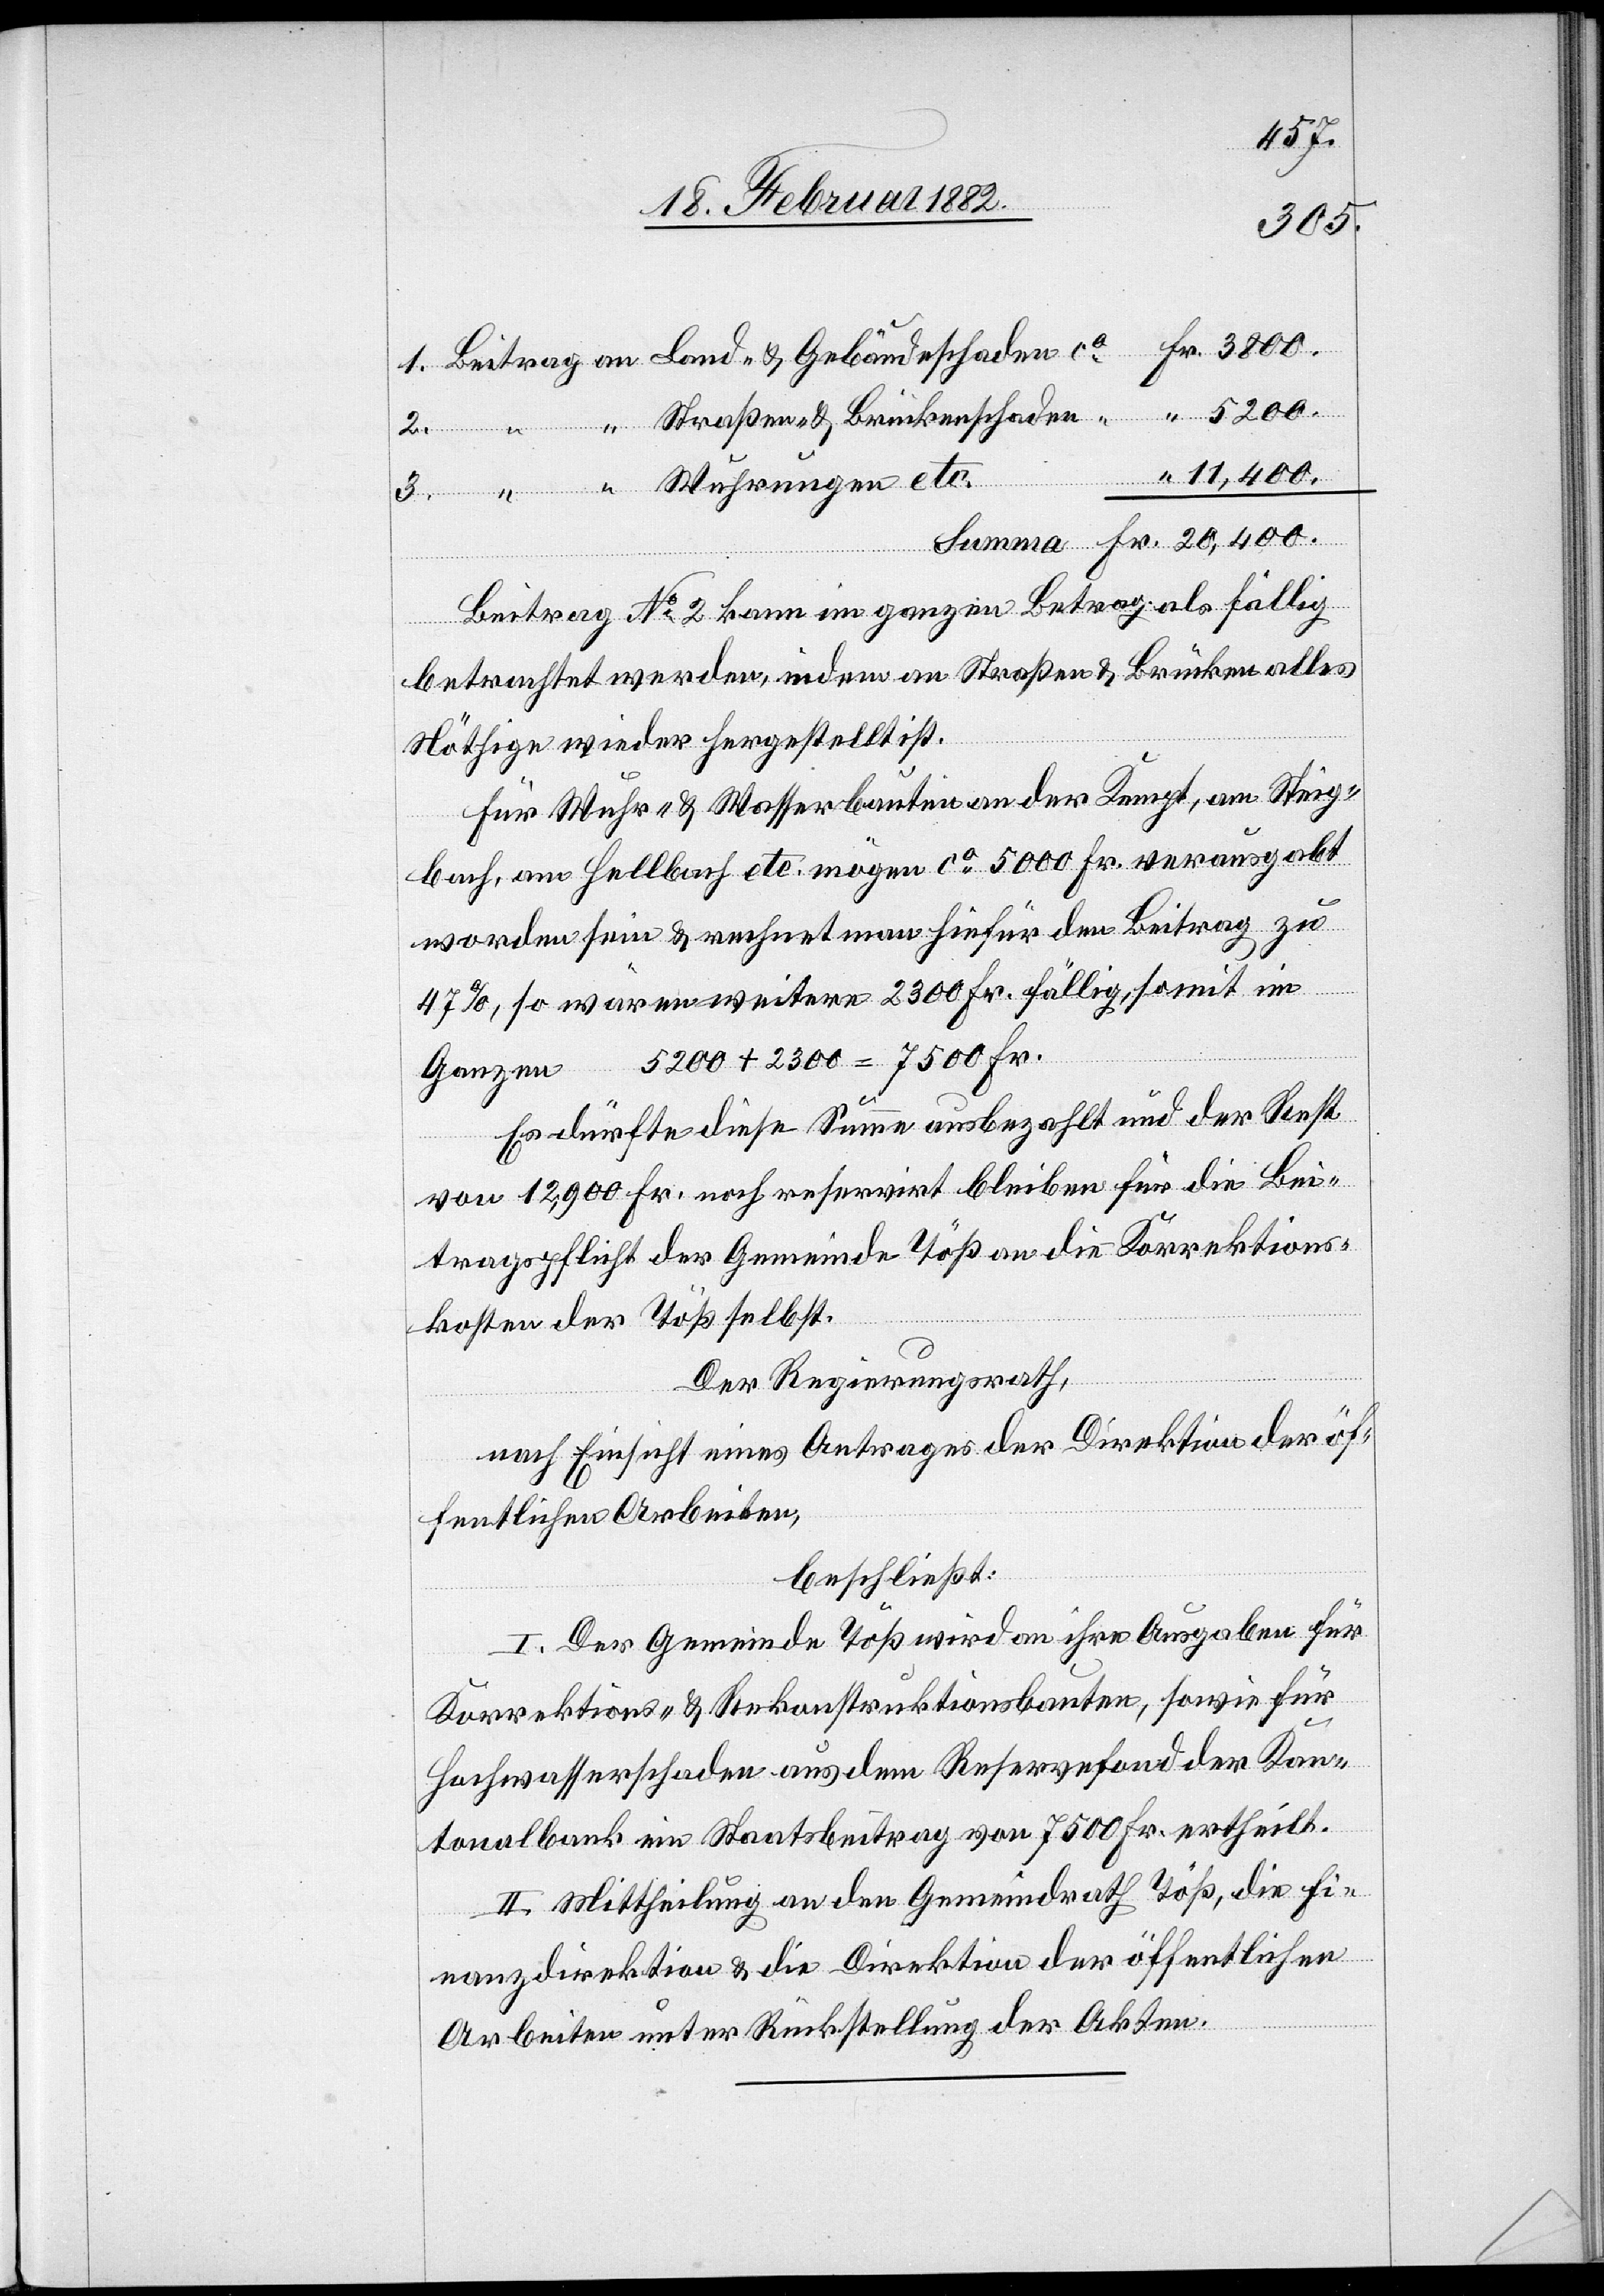
5200.
20,400.
Beitrag No 2 kann im ganzen Betrag als fällig
betrachtet werden, indem an Straßen & Brücken alles
Nöthige wieder hergestellt ist.
Für Wuhr- & Wasserbauten an der Kempt, am Steig¬
bach, am Hellbach etc. mögen ca 5000 Fr. verausgabt
worden sein & rechnet man hiefür den Beitrag zu
47%, so wären weitere 2300 Fr. fällig, somit im
Ganzen 5200 + 2300 = 7500 Fr.
Es dürfte diese Summe ausbezahlt und der Rest
von 12,900 Fr. noch reservirt bleiben für die Bei¬
tragspflicht der Gemeinde Töß an die Korrektions¬
kosten der Töß selbst.
Der Regierungsrath,
nach Einsicht eines Antrages der Direktion der öf¬
fentlichen Arbeiten,
beschließt:
I. Der Gemeinde Töß wird an ihre Ausgaben für
Korrektions- & Rekonstruktionsbauten, sowie für
Hochwasserschäden aus dem Reservefond der Kan¬
tonalbank ein Staatsbeitrag von 7500 Fr. ertheilt.
II. Mittheilung an den Gemeindrath Töß, die Fi¬
nanzdirektion & die Direktion der öffentlichen
Arbeiten unter Rückstellung der Akten.